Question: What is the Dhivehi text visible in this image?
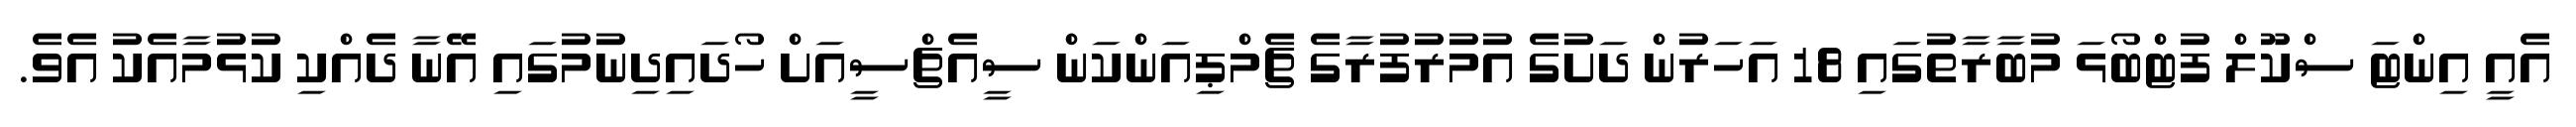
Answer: އެއީ އިންޓަ ސްކޫލް ފުޓްބޯޅަ މުބާރާތުގައި 18 އަހަރުން ދަށުގެ އުމުރުފުރާގެ ޗެމްޕިއަންކަން ސީއެޗްސީއަށް ހޯދައިދިނުމުގައި އޭނާ ދެއްކި ކުޅުމާއެކު އެވެ.